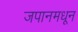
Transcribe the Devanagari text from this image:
जपानमधून